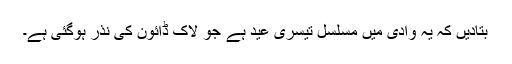
بتادیں کہ یہ وادی میں مسلسل تیسری عید ہے جو لاک ڈائون کی نذر ہوگئی ہے۔